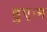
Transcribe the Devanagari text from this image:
हुए।म